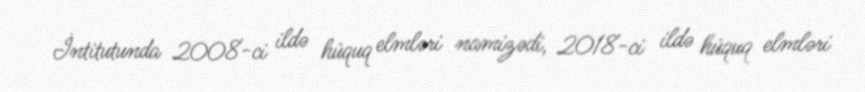
İntitutunda 2008-ci ildə hüquq elmləri namizədi, 2018-ci ildə hüquq elmləri